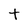
Character: t